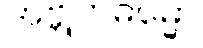
အဗ္ဘုတဓမ္မော